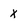
Character: X